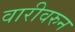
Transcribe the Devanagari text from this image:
वारीवरुन